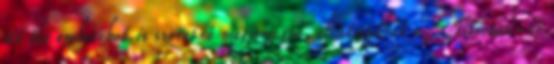
itt élő embereket is szeretné megismerni, ellátogathat a Titicaca-tó